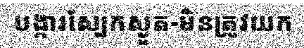
បង្ការស្បែកស្ងួត-មិនត្រូវយក